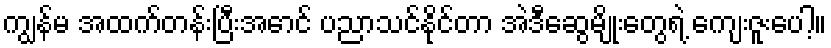
ကျွန်မ အထက်တန်းပြီးအောင် ပညာသင်နိုင်တာ အဲဒီဆွေမျိုးတွေရဲ့ ကျေးဇူးပေါ့။